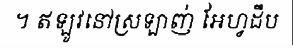
។ ឥឡូវនៅស្រឡាញ់ អែហ្វដឹប